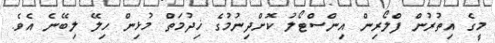
މީގެ އިތުރުން ފްލޯރިން އިންސްޓޯލު ކޮށްދިނުމުގެ ޚިދުމަތް މުޅިން ހިލޭ ލިބޭނެ އެވެ.